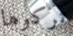
تركوها